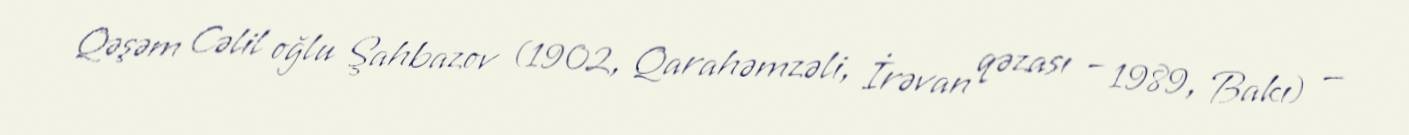
Qəşəm Cəlil oğlu Şahbazov (1902, Qarahəmzəli, İrəvan qəzası – 1989, Bakı) —